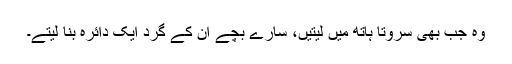
وہ جب بھی سروتا ہاتھ میں لیتیں، سارے بچے اُن کے گرد ایک دائرہ بنا لیتے۔